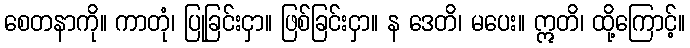
စေတနာကို။ ကာတုံ၊ ပြုခြင်းငှာ။ ဖြစ်ခြင်းငှာ။ န ဒေတိ၊ မပေး။ ဣတိ၊ ထို့ကြောင့်။